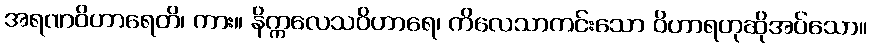
အရဏဝိဟာရေတိ၊ ကား။ နိက္ကလေသဝိဟာရေ၊ ကိလေသာကင်းသော ဝိဟာရဟုဆိုအပ်သော။